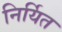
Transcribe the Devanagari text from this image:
निर्यित